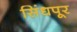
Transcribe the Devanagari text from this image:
सिंधपूर